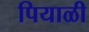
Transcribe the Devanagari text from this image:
पियाळी